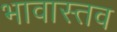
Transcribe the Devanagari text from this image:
भावास्तव